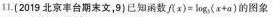
11.(2019北京丰台期末文，9)已知函数$$f ( x ) = l o g ( x + a )$$的图象